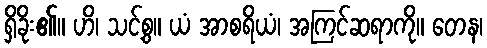
ရှိခိုး၏။ ဟိ၊ သင့်စွ။ ယံ အာစရိယံ၊ အကြင်ဆရာကို။ တေန၊